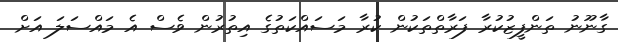
ގާނޫނު ތަންފީޒުކުރާ ފަރާތްތަކުން ކުރާ މަސައްކަތުގެ އިތުރުން ވެސް އެ މައްސަލަ އަށް